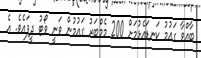
ބާއްވާ ގައުމު ކަނޑައެޅުމަށް 200 މެމްބަރު ގައުމުން ވަނީ ވޯޓު ދީފައެވެ. އެ